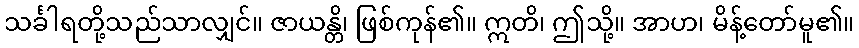
သင်္ခါရတို့သည်သာလျှင်။ ဇာယန္တိ၊ ဖြစ်ကုန်၏။ ဣတိ၊ ဤသို့။ အာဟ၊ မိန့်တော်မူ၏။